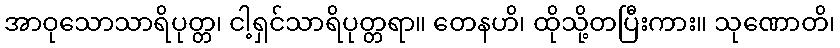
အာဝုသောသာရိပုတ္တ၊ ငါ့ရှင်သာရိပုတ္တရာ။ တေနဟိ၊ ထိုသို့တပြီးကား။ သုဏောတိ၊